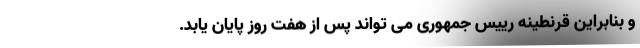
و بنابراین قرنطینه رییس جمهوری می تواند پس از هفت روز پایان یابد.